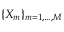
\lbrace X _ { m } \rbrace _ { m = 1 , \dots , M }